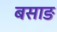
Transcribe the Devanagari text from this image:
बसाङ